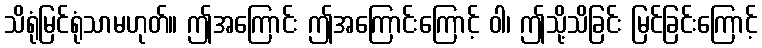
သိရုံမြင်ရုံသာမဟုတ်။ ဤအကြောင်း ဤအကြောင်းကြောင့် ဝါ၊ ဤသို့သိခြင်း မြင်ခြင်းကြောင့်